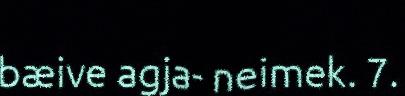
bæive agja- neimek. 7.